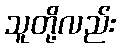
သူတို့လည်း